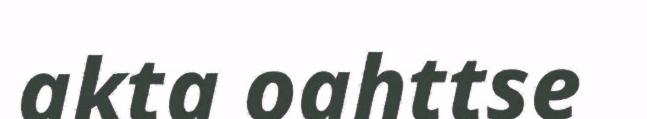
akta oahttse